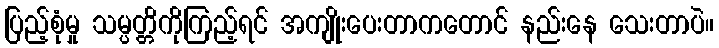
ပြည့်စုံမှု သမ္ပတ္တိကိုကြည့်ရင် အကျိုးပေးတာကတောင် နည်းနေ သေးတာပဲ။